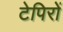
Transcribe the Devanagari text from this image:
टेपिरों